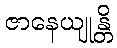
ဇာနေယျုန္တိ